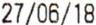
27/06/18